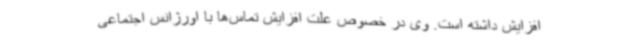
افزایش داشته است. وی در خصوص علت افزایش تماس‌ها با اورژانس اجتماعی